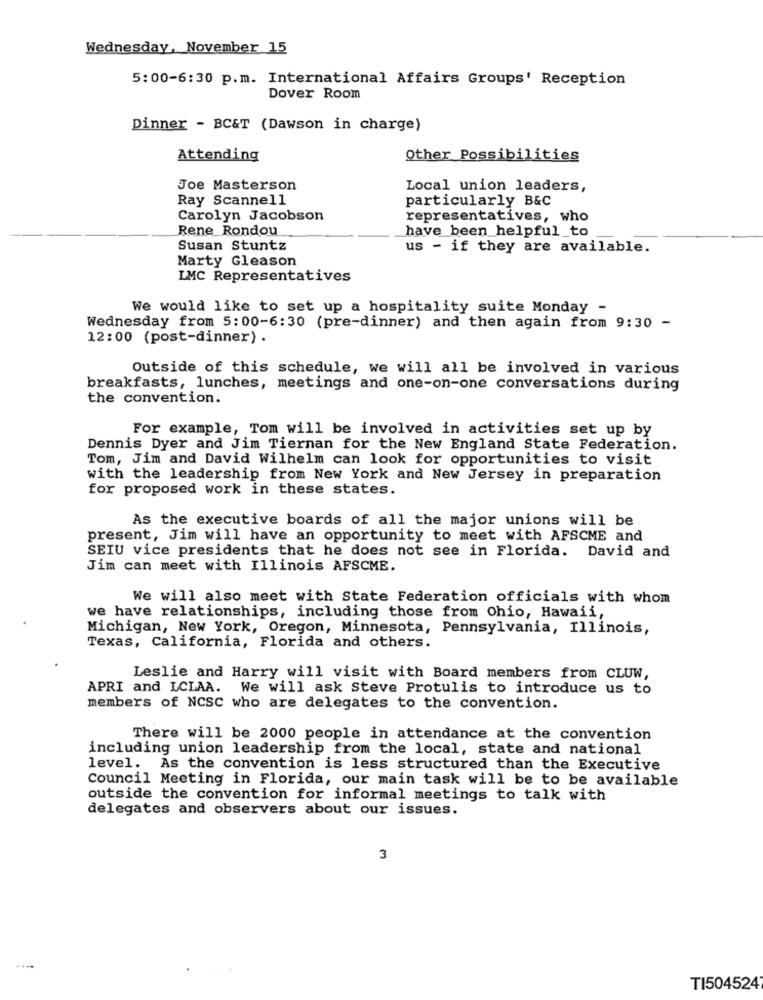
Wednesday, November 15
5:00-6:30 p.m. International Affairs Groups' Reception
Dover Room
Dinner - BC&T (Dawson in charge)
Attending
Other Possibilities
Joe Masterson
Local union leaders,
Ray Scannell
particularly B&C
Carolyn Jacobson
representatives, who
Rene Rondou
have been helpful_to
Susan Stuntz
us - if they are available.
Marty Gleason
LMC Representatives
We would like to set up a hospitality suite Monday -
Wednesday from 5:00-6:30 (pre-dinner) and then again from 9:30 -
12:00 (post-dinner) .
Outside of this schedule, we will all be involved in various
breakfasts, lunches, meetings and one-on-one conversations during
the convention.
For example, Tom will be involved in activities set up by
Dennis Dyer and Jim Tiernan for the New England State Federation.
Tom, Jim and David Wilhelm can look for opportunities to visit
with the leadership from New York and New Jersey in preparation
for proposed work in these states.
As the executive boards of all the major unions will be
present, Jim will have an opportunity to meet with AFSCME and
SEIU vice presidents that he does not see in Florida. David and
Jim can meet with Illinois AFSCME.
We will also meet with State Federation officials with whom
we have relationships, including those from Ohio, Hawaii,
Michigan, New York, Oregon, Minnesota, Pennsylvania, Illinois,
Texas, California, Florida and others.
Leslie and Harry will visit with Board members from CLUW,
APRI and LCLAA. We will ask Steve Protulis to introduce us to
members of NCSC who are delegates to the convention.
There will be 2000 people in attendance at the convention
including union leadership from the local, state and national
level. As the convention is less structured than the Executive
Council Meeting in Florida, our main task will be to be available
outside the convention for informal meetings to talk with
delegates and observers about our issues.
3
TI504524